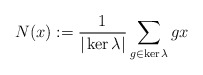
\begin{align*}N(x):=\dfrac{1}{|\ker \lambda|}\sum_{g\in \ker \lambda} gx\end{align*}